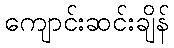
ကျောင်းဆင်းချိန်